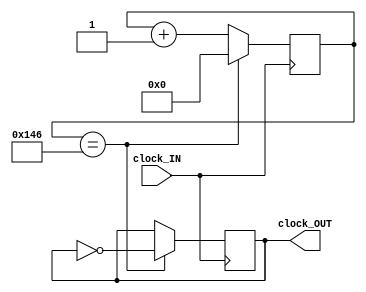
module clock_divider_UART_rx (
    input clock_IN,
    output reg clock_OUT
);
/*
    Receiving a 9600 baud UART tx signal.
    Must oversamlple at:    8 * 9600 Hz = 76,800 Hz

    50 MHz      / 76,800 Hz = 651.0416       [ratio]
    651.0416    / 2         = 325.5208 ~ 326 [duty cycle :: 50%]

    326 == 9'b101000110 [9 bit dc reg]
*/
reg [8:0] dc;

initial begin
    clock_OUT = 0;
end

always@(posedge clock_IN) begin
    dc <= dc + 1;
    if (dc == 326) begin
        clock_OUT <= ~clock_OUT;
        dc <= 0;
    end
end
endmodule